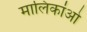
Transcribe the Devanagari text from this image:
मालिकांओ